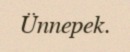
Ünnepek.